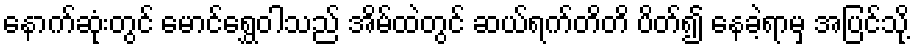
နောက်ဆုံးတွင် မောင်ရွှေဝါသည် အိမ်ထဲတွင် ဆယ်ရက်တိတိ ပိတ်၍ နေခဲ့ရာမှ အပြင်သို့